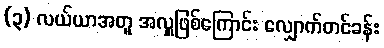
(၃) လယ်ယာအတူ အလှူဖြစ်ကြောင်း လျှောက်တင်ခန်း